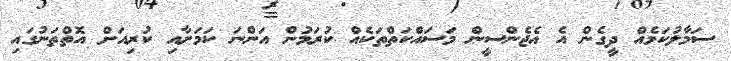
ސަމާލުކަމެއް ދީގެން އެ އެޖެންސީން މަސައްކަތްތަކެއް ކުރަމުން އަންނަ ކަމަށާއި ކުރިއަށް އޮތްތަނުގައި